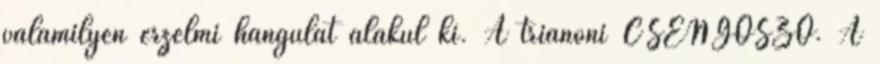
valamilyen érzelmi hangulat alakul ki. A trianoni CSENGŐSZÓ. A